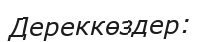
Дереккөздер: